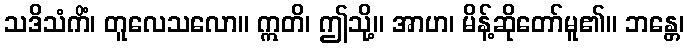
သဒိသံကိံ၊ တူလေသလော။ ဣတိ၊ ဤသို့။ အာဟ၊ မိန့်ဆိုတော်မူ၏။ ဘန္တေ၊